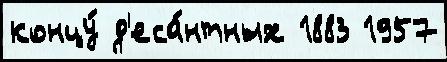
концу́ д'еса́нтных 1883 1957